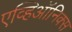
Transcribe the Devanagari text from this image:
एव्हिऑनिक्स